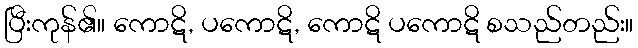
ပြီးကုန်၏။ ကောဋိ, ပကောဋိ, ကောဋိ ပကောဋိ စသည်တည်း။